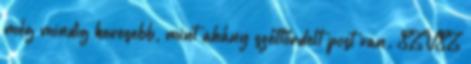
még mindig kevesebb, mint ahány széttördelt post van. SZVSZ